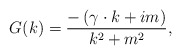
\begin{align*}G(k)=\frac{-\left(\gamma \cdot k+im\right)}{k^{2}+m^{2}},\end{align*}